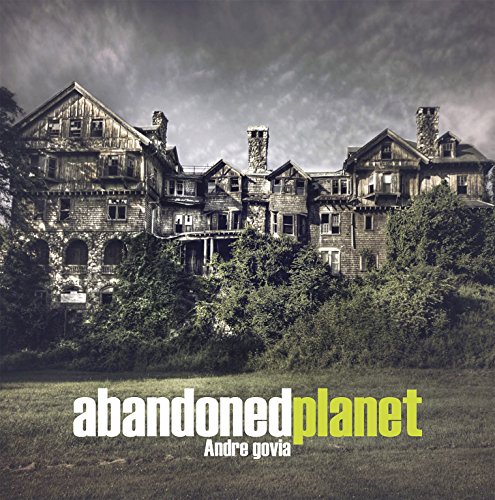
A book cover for Abandoned Planet; Andre Govia; Arts & Photography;